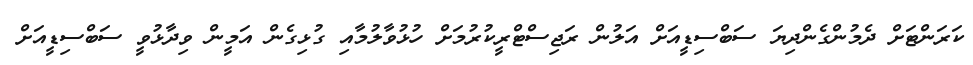
ކަރަންޓަށް ދެމުންގެންދިޔަ ސަބްސިޑީއަށް އަލުން ރަޖިސްޓްރީކުރުމަށް ހުޅުވާލުމާއި ގުޅިގެން އަމީން ވިދާޅުވީ ސަބްސިޑީއަށް